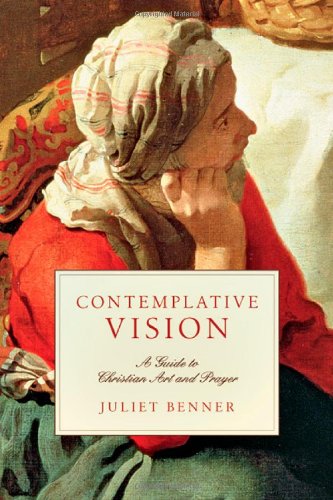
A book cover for Contemplative Vision: A Guide to Christian Art and Prayer; Juliet Benner; Christian Books & Bibles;